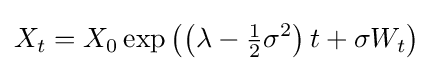
X_{t}=X_{0}\exp \left(\left(\lambda -{\tfrac {1}{2}}\sigma ^{2}\right)t+\sigma W_{t}\right)